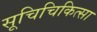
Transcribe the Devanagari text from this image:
सूचिचिकित्सा